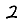
Digit: 2